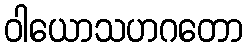
ဝါယောသဟဂတော